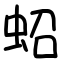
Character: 蛁